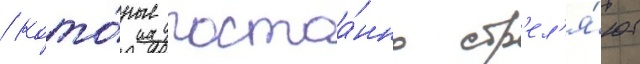
/ кото́рые постоа́нно стр'ел'я́ют